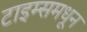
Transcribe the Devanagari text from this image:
टाइम्समधून